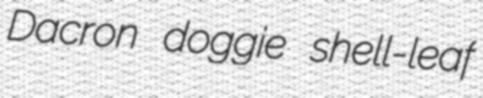
Dacron doggie shell-leaf